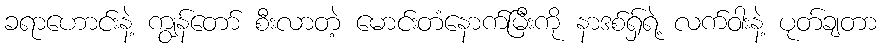
ခရာဟောင်းနဲ့ ကျွန်တော် စီးလာတဲ့ မောင်းတံနောက်မြီးကို နာဒစ်ရှ်ရဲ့ လက်ဝါးနဲ့ ပုတ်ချတာ